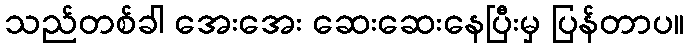
သည်တစ်ခါ အေးအေး ဆေးဆေးနေပြီးမှ ပြန်တာပ။